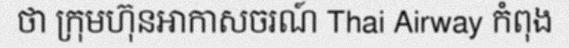
ថា ក្រុមហ៊ុនអាកាសចរណ៍ Thai Airway កំពុង